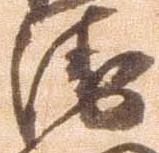
衛